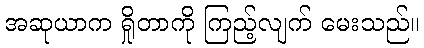
အဆုယာက ရှိုတာကို ကြည့်လျက် မေးသည်။